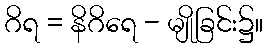
ဂိရ = နိဂိရေ - မျိုခြင်း၌။